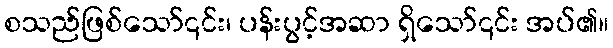
စသည်ဖြစ်သော်၎င်း၊ ပန်းပွင့်အဆာ ရှိသော်၎င်း အပ်၏။